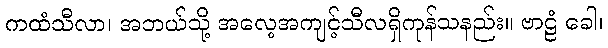
ကထံသီလာ၊ အဘယ်သို့ အလေ့အကျင့်သီလရှိကုန်သနည်း။ ဗာဠံ ခေါ၊